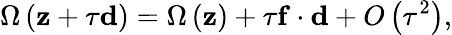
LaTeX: \Omega\left(\mathbf{z}+\tau\mathbf{d}\right)=\Omega\left(\mathbf{z}\right)+\tau\mathbf{f}\cdot\mathbf{d}+O\left(\tau^{2}\right),